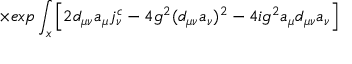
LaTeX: \qquad \times e x p \int _ { x } \left[ 2 d _ { \mu \nu } a _ { \mu } j _ { \nu } ^ { c } - 4 g ^ { 2 } ( d _ { \mu \nu } a _ { \nu } ) ^ { 2 } - 4 i g ^ { 2 } a _ { \mu } d _ { \mu \nu } a _ { \nu } \right]